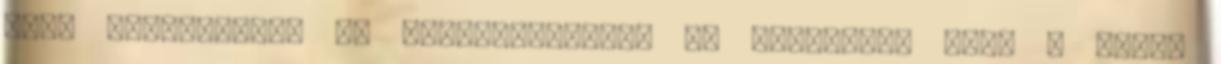
való áttelepülés is megfigyelhető. Új jelenség, hogy a Rajka